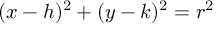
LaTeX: ( x - h ) ^ { 2 } + ( y - k ) ^ { 2 } = r ^ { 2 }